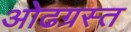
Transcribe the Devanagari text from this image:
ओढग्रस्त